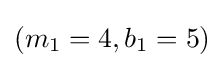
(m_{1}=4,b_{1}=5)